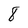
Character: 8